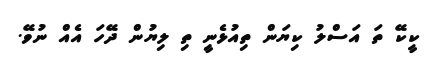
ކީކޭ ތަ އަސްލު ކިޔަން ތިއުޅެނީި ތި ލިޔުން ދޭހަ އެއް ނުވޭ.